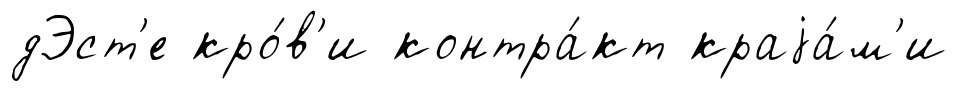
дЭст'е кро́в'и контра́кт краjа́м'и